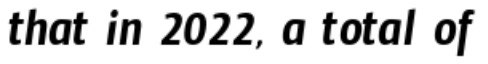
that in 2022, a total of